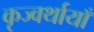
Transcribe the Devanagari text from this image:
कृज्वर्थायाँ